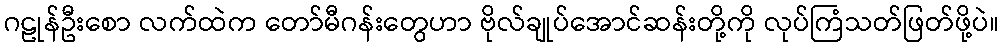
ဂဠုန်ဦးစော လက်ထဲက တော်မီဂန်းတွေဟာ ဗိုလ်ချုပ်အောင်ဆန်းတို့ကို လုပ်ကြံသတ်ဖြတ်ဖို့ပဲ။